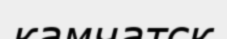
камчатск